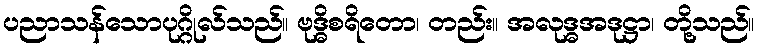
ပညာသန်သောပုဂ္ဂိုလ်သည်။ ဗုဒ္ဓိစရိတော၊ တည်း။ အလုဒ္ဓအဒုဋ္ဌာ၊ တို့သည်။